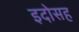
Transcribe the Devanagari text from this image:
इदोसह